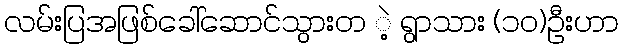
လမ်းပြအဖြစ်ခေါ်ဆောင်သွားတ ဲ့ ရွာသား (၁၀)ဦးဟာ